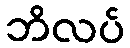
ဘိလပ်